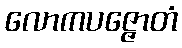
လောကပဇ္ဇောတံ